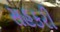
સહકરી